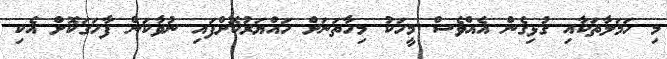
މި ހަމަލާތަކާއި ގުޅިގެން އެއްވެސް މީހަކު މިހާތަނަށް ހައްޔަރުކޮށްފައި ނުވާކަން ފާހަގަކޮށް އެކި